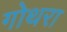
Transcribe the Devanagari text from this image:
गोथरा